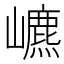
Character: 𡾌